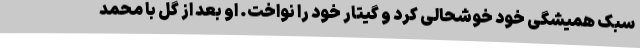
سبک همیشگی خود خوشحالی کرد و گیتار خود را نواخت. او بعد از گل با محمد